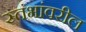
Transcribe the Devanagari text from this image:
स्तंभांवरील